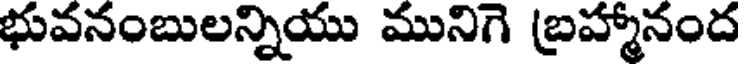
భువనంబులన్నియు మునిగె బ్రహ్మానంద